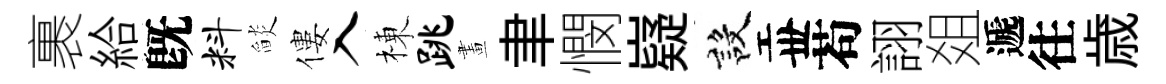
裹給旣料𦦨僂入棟跳畫聿憫嶷設丗苟詡爼遞往歳